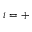
i = +